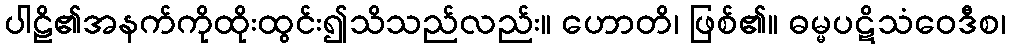
ပါဠိ၏အနက်ကိုထိုးထွင်း၍သိသည်လည်း။ ဟောတိ၊ ဖြစ်၏။ ဓမ္မပဋိသံဝေဒီစ၊